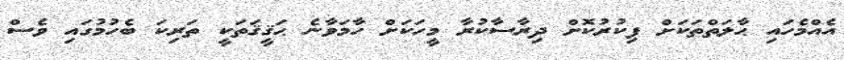
އެއްމެހައި ޙާލަތްތަކަށް ފިކުރުކޮށް ދިރާސާކުރާ މީހަކަށް ހާމަވާނެ ޙަޤީޤަތަކީ ތަރިކަ ބެހުމުގައި ވެސް